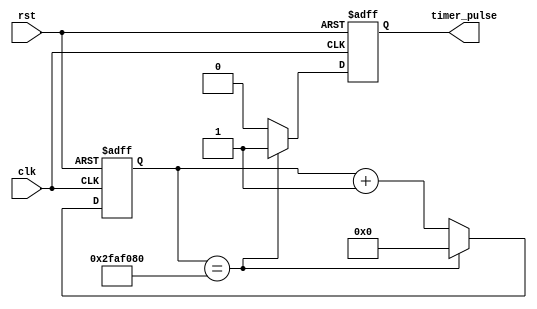
module RTC_timer (
    input wire clk,
    input wire rst,
    output reg timer_pulse
);

reg [31:0] counter;

always @ (posedge clk or posedge rst) begin
    if (rst)
        counter <= 0;
    else begin
        if (counter == 50000000) // generate pulse every 1 second
            counter <= 0;
        else
            counter <= counter + 1;
    end
end

always @ (posedge clk or posedge rst) begin
    if (rst)
        timer_pulse <= 0;
    else begin
        if (counter == 50000000) // generate pulse every 1 second
            timer_pulse <= 1;
        else
            timer_pulse <= 0;
    end
end

endmodule